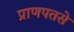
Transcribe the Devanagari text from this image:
प्राणपतसे